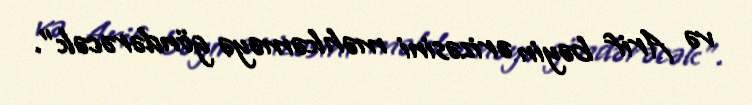
və Arif bəyin ərizəsini məhkəməyə göndərəcək”.